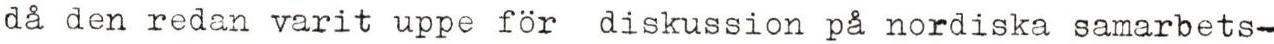
då den redan varit uppe för diskussion på nordiska samarbets-